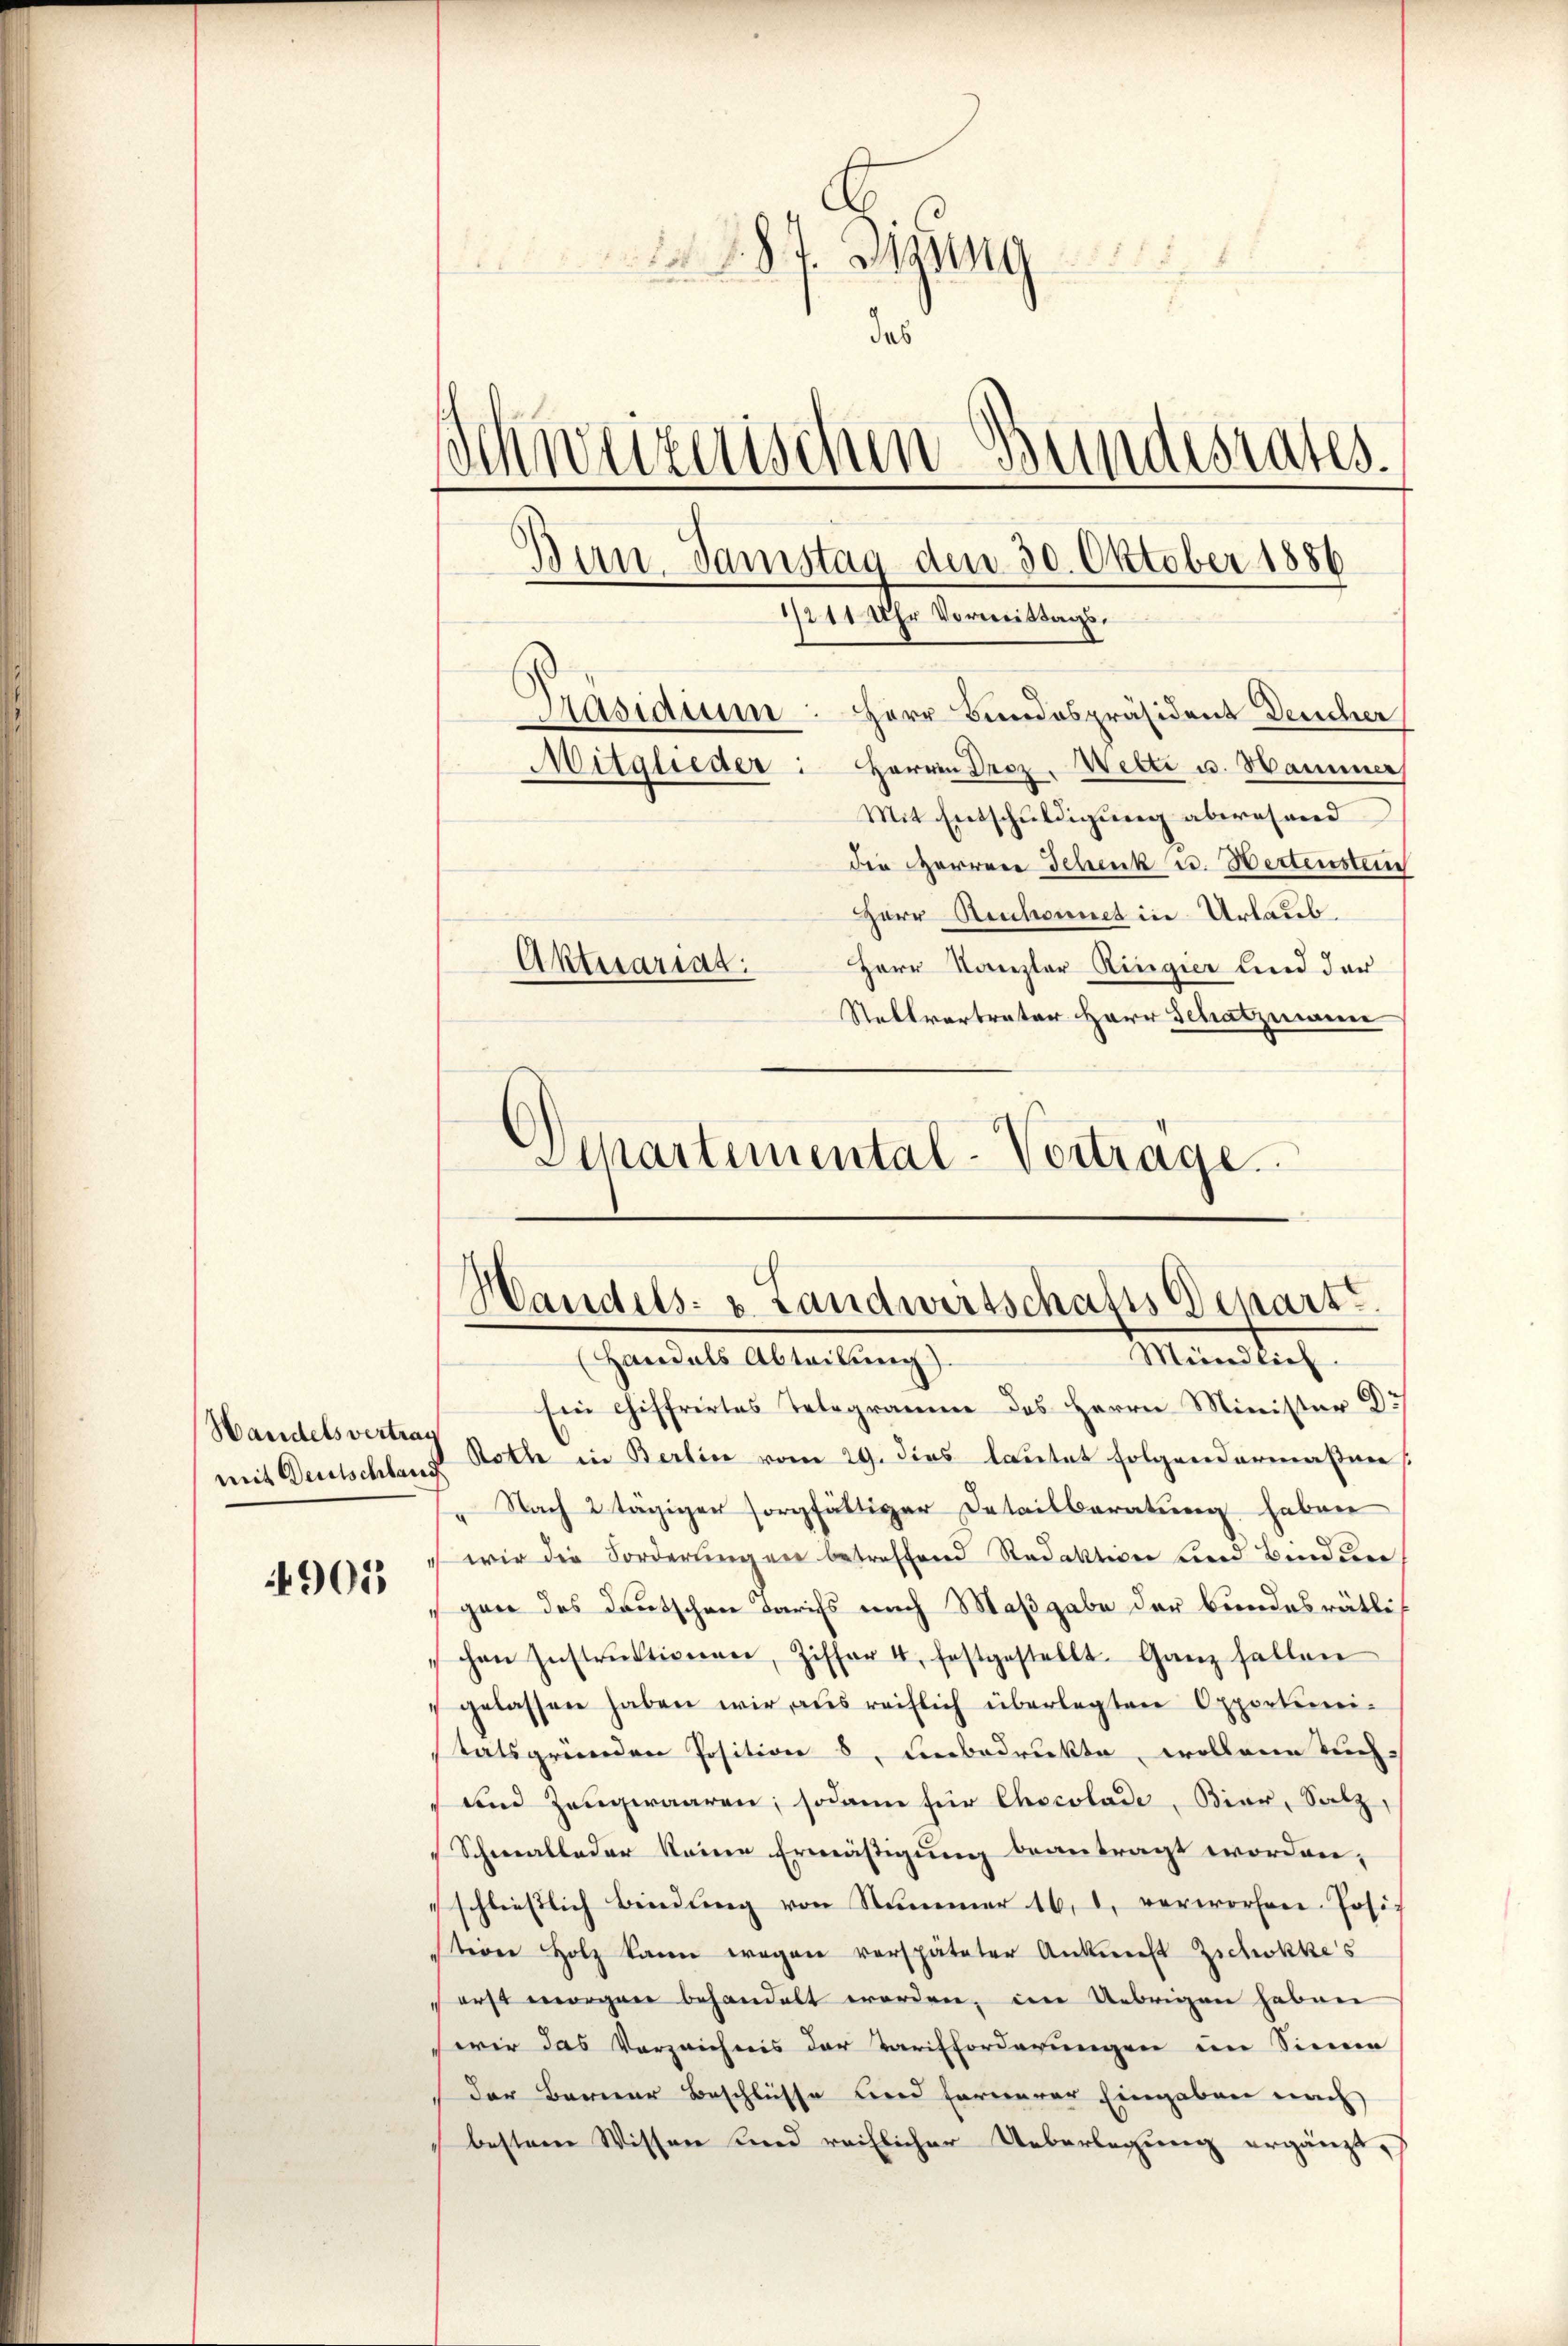
mit Deutschland

901

218. Sigung
das
Schweizerischen Bundesrates.
Ban Samstag den 30. Oktober 1886
1/2 11 Uhr Vormittags.
Pasiarum: Herr Bundespräsident Deucher
Mitglieder: Herrn Droz. Wetti u. Hammer
Mit Entschuldigung abwesend

Aktuariag

Ein Chiffrirtes Telegramm des Herrn Minister Dr
Handelsvertrag Solle in Berlin vom 29. dies lautet folgendermaβen
" Nach 2 tägigen sorgfältiger Detailberatung haben
wir die Forderung ein betreffend Redaktion und Bindere
gen des Deutschen Tarifs nach Maßgabe der Bundesrätli
chen Instruktionen, Ziffer 4. festgestellt. Ganz fallen
" gelassen haben wir aus reiflich überlegten Opportimei-
tatsgründen Position 8. Febedruckte, wollene Buch-
und Zeugwaaren; sodann für Chocolade, Bier, Salz,
Schmalleder keine Ermäßigung beantragt worden,
schließlich bindŭng von Nummer 16. d. verworfen. Josi-
sterer Holz kann wegen verspäteter Ankunft Zschokkes
erst morgen behandelt werden, im Uebrigen haben
wir das Vorzeichnis der Tarifforderungen im Sinne
der Berner Beschlüsse und fernerer Eingaben nach
bestem Wissen sind reiflicher Ueberlegung ergänzt,

die Herrene Schenk u. Hertenstein
Herr Reichennet in Urlaub.
Herr Kanzler Ringier und der
Stellvertreter Herr Schatzmann
Schartemental-Vortrage.

.
Vandels- u. Landwirtschafts Depart
Ministe
(Landals Abteilung).